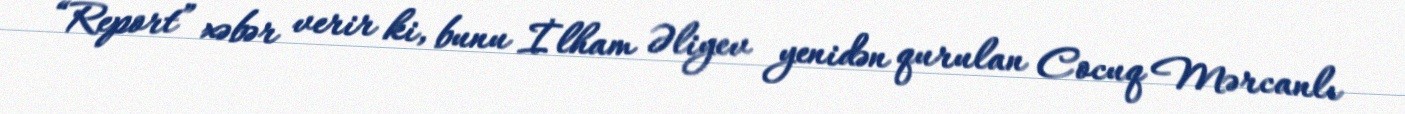
“Report” xəbər verir ki, bunu İlham Əliyev yenidən qurulan Cocuq Mərcanlı